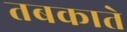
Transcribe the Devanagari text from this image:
तबकाते